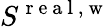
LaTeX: S^{\mathrm{~r~e~a~l~,~w~}}